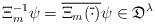
LaTeX: \begin{align*}\Xi_m^{-1}\psi =\overline{\Xi_m(\overline\cdot)}\psi\in \mathfrak D^\lambda\end{align*}